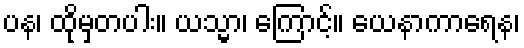
ပန၊ ထိုမှတပါး။ ယသ္မာ၊ ကြောင့်။ ယေနာကာရေန၊